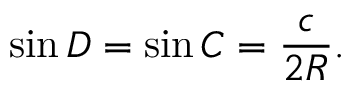
\sin D = \sin C = { \frac { c } { 2 R } } .